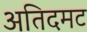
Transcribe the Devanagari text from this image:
अतिदमट